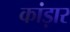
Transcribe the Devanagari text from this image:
कांड़ार